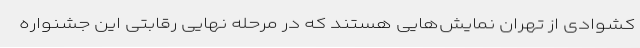
کشوادی از تهران نمایش‌هایی هستند که در مرحله نهایی رقابتی این جشنواره